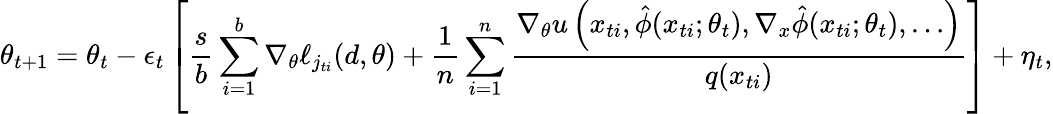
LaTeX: \theta_{t+1}=\theta_{t}-\epsilon_{t}\left[\frac{s}{b}\sum_{i=1}^{b}\nabla_{\theta}\ell_{j_{ti}}(d,\theta)+\frac{1}{n}\sum_{i=1}^{n}\frac{\nabla_{\theta}u\left(x_{ti},\hat{\phi}(x_{ti};\theta_{t}),\nabla_{x}\hat{\phi}(x_{ti};\theta_{t}),\dots\right)}{q(x_{ti})}\right]+\eta_{t},